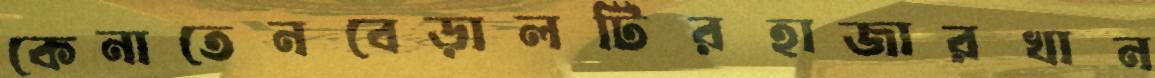
কেনাতেনবেড়ালটিরহাজারখান